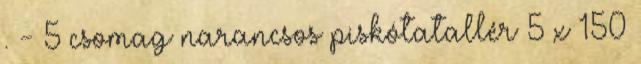
. - 5 csomag narancsos piskótatallér 5 x 150